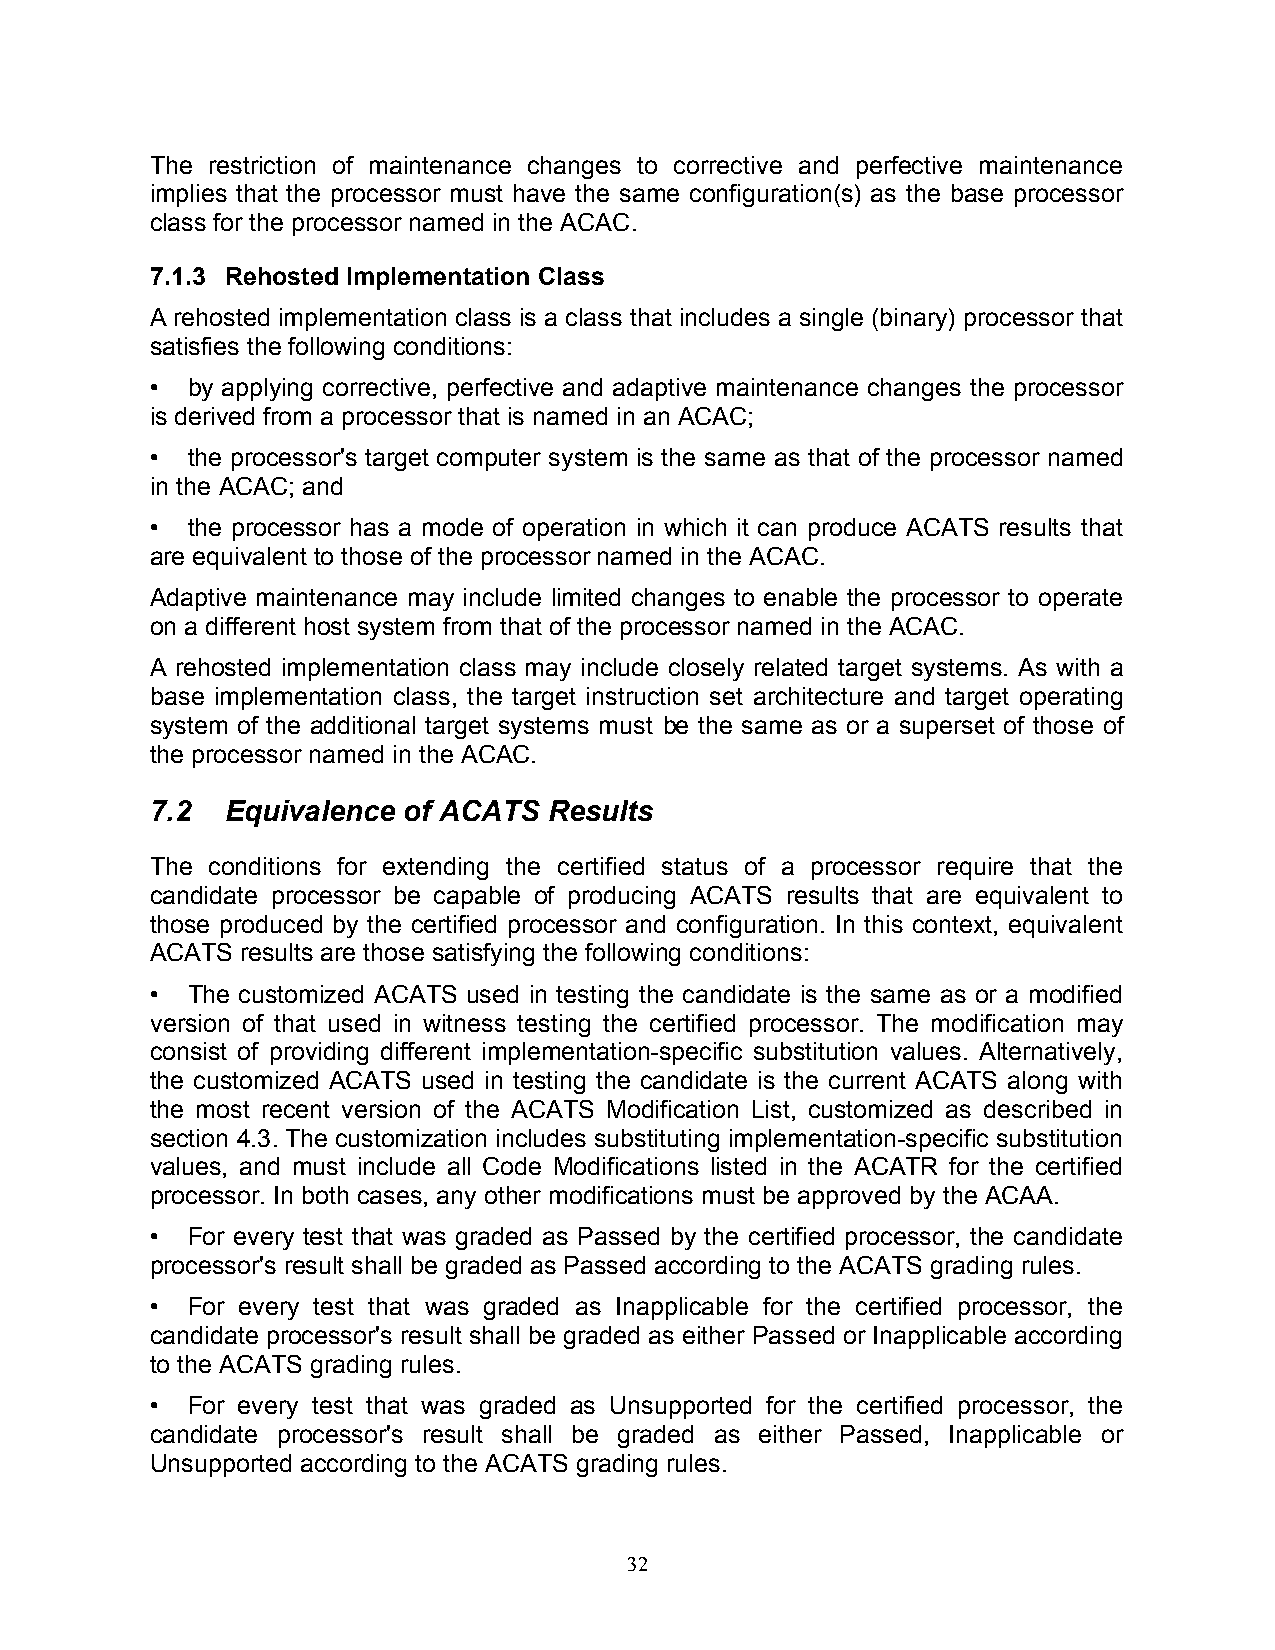
The restriction of maintenance changes to corrective and perfective maintenance
 implies that the processor must have the same configuration(s) as the base processor
 class for the processor named in the ACAC.
 7.1.3 Rehosted Implementation Class
 A rehosted implementation class is a class that includes a single (binary) processor that
 satisfies the following conditions:
 • by applying corrective, perfective and adaptive maintenance changes the processor
 is derived from a processor that is named in an ACAC;
 • the processor's target computer system is the same as that of the processor named
 in the ACAC; and
 • the processor has a mode of operation in which it can produce ACATS results that
 are equivalent to those of the processor named in the ACAC.
 Adaptive maintenance may include limited changes to enable the processor to operate
 on a different host system from that of the processor named in the ACAC.
 A rehosted implementation class may include closely related target systems. As with a
 base implementation class, the target instruction set architecture and target operating
 system of the additional target systems must be the same as or a superset of those of
 the processor named in the ACAC.
 7.2  Equivalence of ACATS Results
 The conditions for extending the certified status of a processor require that the
 candidate processor be capable of producing ACATS results that are equivalent to
 those produced by the certified processor and configuration. In this context, equivalent
 ACATS results are those satisfying the following conditions:
 • The customized ACATS used in testing the candidate is the same as or a modified
 version of that used in witness testing the certified processor. The modification may
 consist of providing different implementation-specific substitution values. Alternatively,
 the customized ACATS used in testing the candidate is the current ACATS along with
 the most recent version of the ACATS Modification List, customized as described in
 section 4.3. The customization includes substituting implementation-specific substitution
 values, and must include all Code Modifications listed in the ACATR for the certified
 processor. In both cases, any other modifications must be approved by the ACAA.
 • For every test that was graded as Passed by the certified processor, the candidate
 processor's result shall be graded as Passed according to the ACATS grading rules.
 • For every test that was graded as Inapplicable for the certified processor, the
 candidate processor's result shall be graded as either Passed or Inapplicable according
 to the ACATS grading rules.
 • For every test that was graded as Unsupported for the certified processor, the
 candidate processor's result shall be graded as either Passed, Inapplicable or
 Unsupported according to the ACATS grading rules.
 32